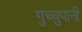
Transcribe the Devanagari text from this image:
गुच्चुपानी